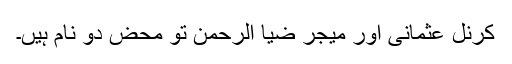
کرنل عثمانی اور میجر ضیا الرحٰمن تو محض دو نام ہیں۔